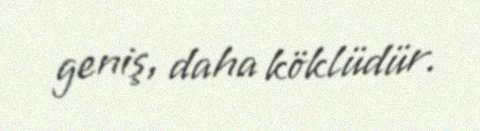
geniş, daha köklüdür.